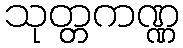
သုတ္တကဏ္ဏ